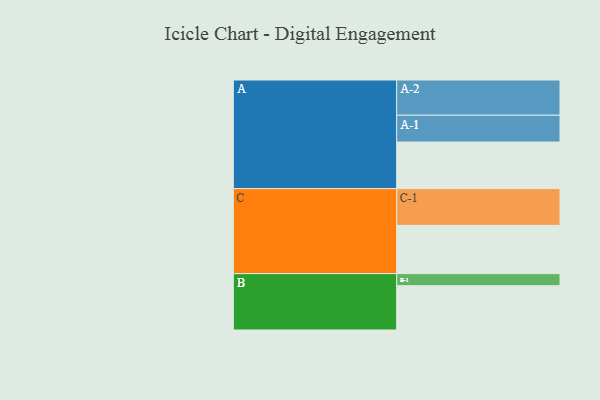
{"axis": {"x": "Segment", "y": "Value"}, "legend": ["", "A", "B", "C"], "data": [{"x": "A", "y": 328, "type": ""}, {"x": "B", "y": 312, "type": ""}, {"x": "C", "y": 340, "type": ""}, {"x": "A-1", "y": 189, "type": "A"}, {"x": "A-2", "y": 248, "type": "A"}, {"x": "B-1", "y": 85, "type": "B"}, {"x": "C-1", "y": 259, "type": "C"}]}